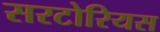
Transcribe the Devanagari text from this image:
सरटोरियस